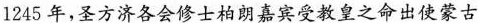
1245年，圣方济各会修士柏朗嘉宾受教皇之命出使蒙古